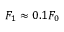
F _ { 1 } \approx 0 . 1 F _ { 0 }